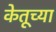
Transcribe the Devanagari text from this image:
केतूच्या